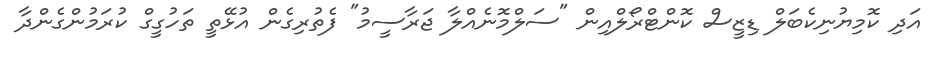
އަދި ކޮމިޔުނިކެބަލް ޑިޒީސް ކޮންޓްރޯލްއިން "ސަލްމޮނެއްލާ ޖަރާސީމު" ފެތުރިގެން އުޅޭތީ ތަހުގީގް ކުރަމުންގެންދާ